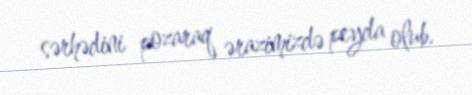
sərhədini pozaraq ərazimizdə peyda olub.